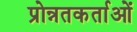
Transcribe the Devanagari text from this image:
प्रोन्नतकर्ताओं